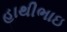
હાથીભાઇ